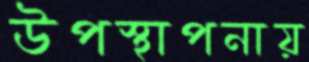
উপস্থাপনায়